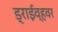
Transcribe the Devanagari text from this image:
ड्राईव्हवर